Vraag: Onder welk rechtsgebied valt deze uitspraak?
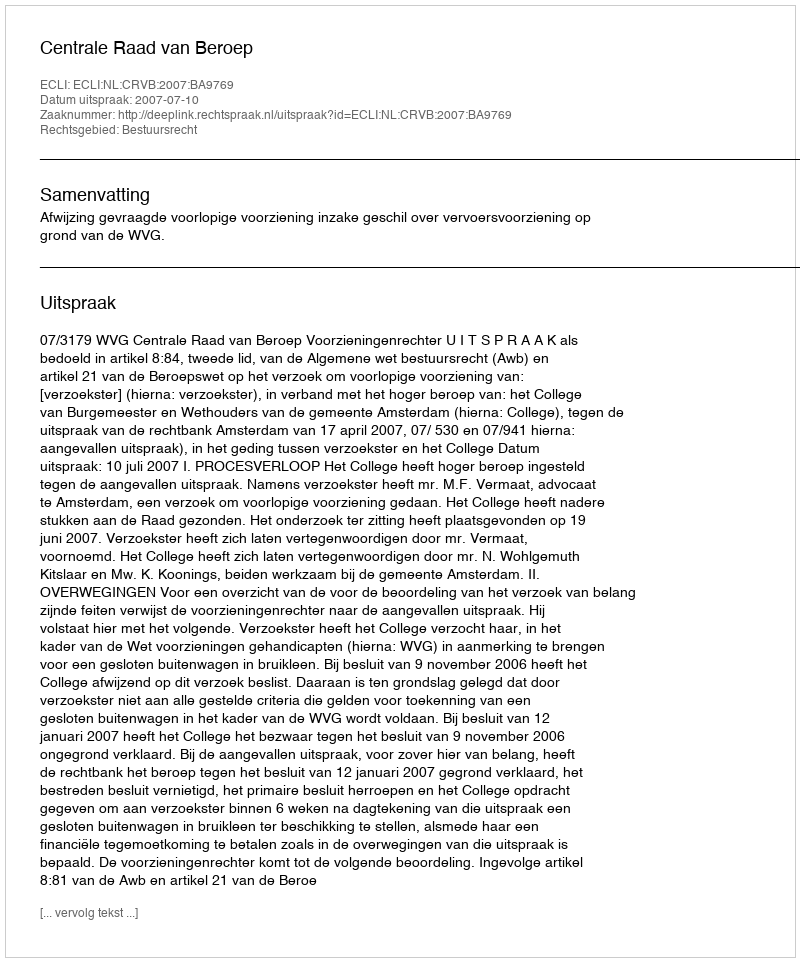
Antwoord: Bestuursrecht